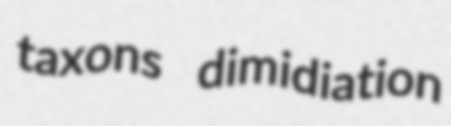
taxons dimidiation